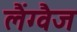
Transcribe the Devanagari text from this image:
लैंग्वैज